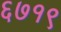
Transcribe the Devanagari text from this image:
६७१९